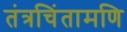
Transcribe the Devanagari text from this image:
तंत्रचिंतामणि